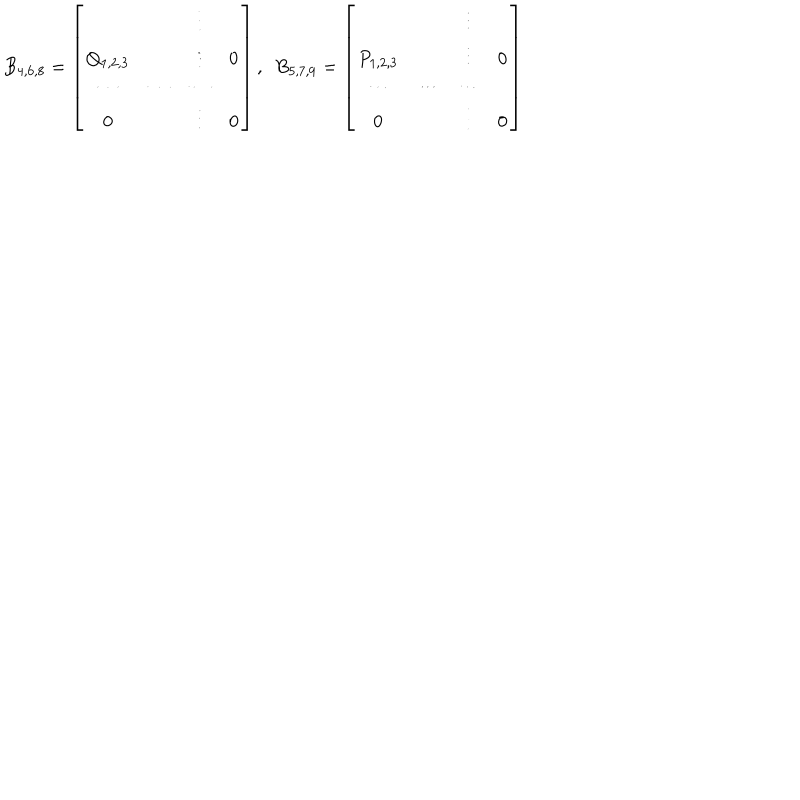
B _ { 4 , 6 , 8 } = \left[ \begin{matrix} { { } } & { { } } & { { \vdots } } & { { } } \\ { { Q _ { 1 , 2 , 3 } } } & { { } } & { { \vdots } } & { { 0 } } \\ { { \cdots } } & { { \cdots } } & { { \cdots } } & { { } } \\ { { 0 } } & { { } } & { { \vdots } } & { { 0 } } \\ \end{matrix} \right] , \ \ B _ { 5 , 7 , 9 } = \left[ \begin{matrix} { { } } & { { } } & { { \vdots } } & { { } } \\ { { P _ { 1 , 2 , 3 } } } & { { } } & { { \vdots } } & { { 0 } } \\ { { \cdots } } & { { \cdots } } & { { \cdots } } & { { } } \\ { { 0 } } & { { } } & { { \vdots } } & { { 0 } } \\ \end{matrix} \right]